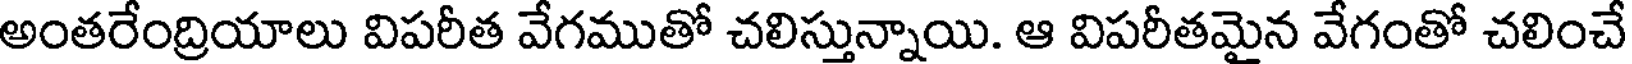
అంతరేంద్రియాలు విపరీత వేగముతో చలిస్తున్నాయి. ఆ విపరీతమైన వేగంతో చలించే